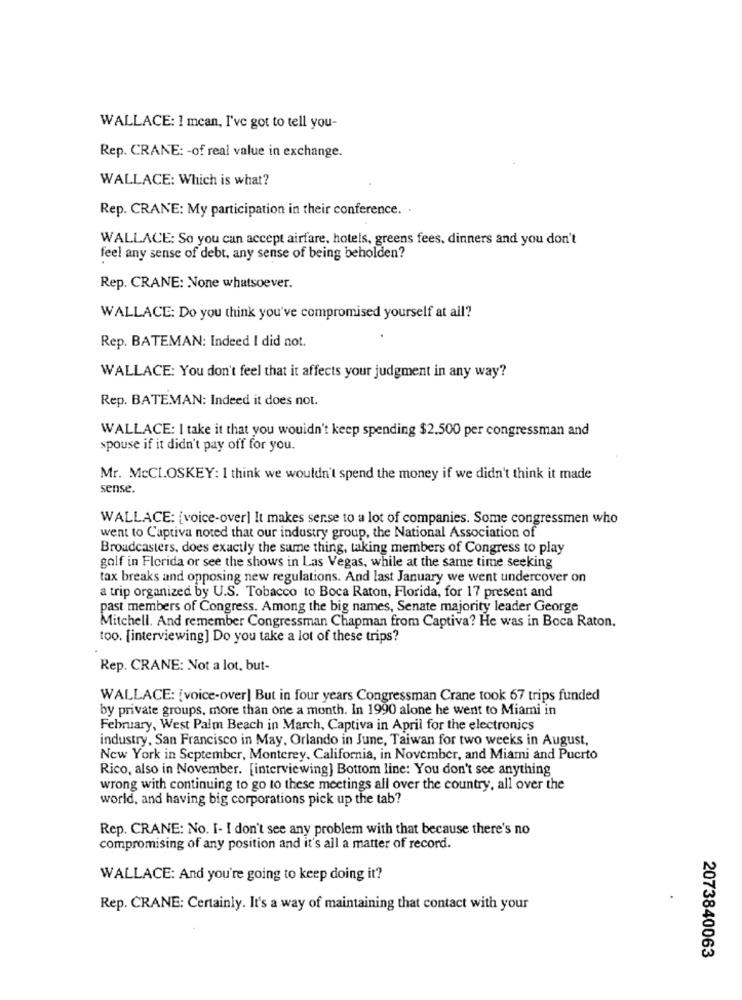
WALLACE: 1 mean, I've got to tell you-
Rep. CRANE: - of real value in exchange.
WALLACE: Which is what?
Rep. CRANE: My participation in their conference. .
WALLACE: So you can accept airfare, hotels, greens fees, dinners and you don't
feel any sense of debt, any sense of being beholden?
Rep. CRANE: None whatsoever.
WALLACE: Do you think you've compromised yourself at all?
Rep. BATEMAN: Indeed I did not.
WALLACE: You don't feel that it affects your judgment in any way?
Rep. BATEMAN: Indeed it does not.
WALLACE: I take it that you wouldn't keep spending $2.500 per congressman and
spouse if it didn't pay off for you.
Mr. McCLOSKEY: I think we wouldn't spend the money if we didn't think it made
sense.
WALLACE: [voice-over] It makes serse to a lot of companies. Some congressmen who
went to Captiva noted that our industry group, the National Association of
Broadcasters, does exactly the same thing, taking members of Congress to play
golf in Florida or see the shows in Las Vegas, while at the same time seeking
tax breaks and opposing new regulations. And last January we went undercover on
a trip organized by U.S. Tobacco to Boca Raton, Florida, for 17 present and
past members of Congress. Among the big names, Senate majority leader George
Mitchell. And remember Congressman Chapman from Captiva? He was in Boca Raton,
too. [interviewing] Do you take a lot of these trips?
Rep. CRANE: Not a lot, but-
WALLACE: [voice-over] But in four years Congressman Crane took 67 trips funded
by private groups, more than one a month. In 1990 alone he went to Miami in
February, West Palm Beach in March, Captiva in April for the electronics
industry, San Francisco in May. Orlando in June, Taiwan for two weeks in August,
New York in September, Monterey, California, in November, and Miami and Puerto
Rico, also in November. [interviewing] Bottom line: You don't see anything
wrong with continuing to go to these meetings all over the country, all over the
world, and having big corporations pick up the tab?
Rep. CRANE: No. I- I don't see any problem with that because there's no
compromising of any position and it's all a matter of record.
WALLACE: And you're going to keep doing it?
Rep. CRANE: Certainly. It's a way of maintaining that contact with your
2073840063